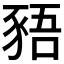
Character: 𬤿